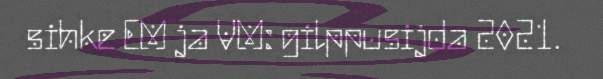
sihke EM ja VM: gilppusijda 2021.